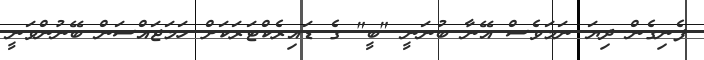
ފެނިގެން ދިޔަ ނަމަވެސް އޭނާ ބުނަނީ "ބީ" ގެ ޑައިރެކްޓަރަކަށް ހަމަޖައްސަން ބޭނުންވަނީ